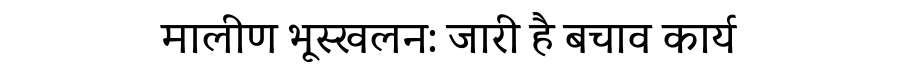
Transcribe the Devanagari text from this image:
मालीण भूस्खलन: जारी है बचाव कार्य